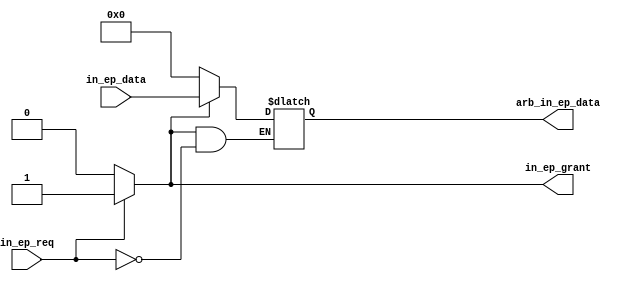
// This program was cloned from: https://github.com/tinyfpga/TinyFPGA-B-Series
// License: GNU General Public License v3.0

module usb_fs_in_arb #(
  parameter NUM_IN_EPS = 1
) (
  ////////////////////
  // endpoint interface 
  ////////////////////
  input [NUM_IN_EPS-1:0] in_ep_req,
  output reg [NUM_IN_EPS-1:0] in_ep_grant,
  input [(NUM_IN_EPS*8)-1:0] in_ep_data,


  ////////////////////
  // protocol engine interface 
  ////////////////////
  output reg [7:0] arb_in_ep_data
);
  integer i;
  reg grant;
 
  always @* begin
    grant = 0;

    for (i = 0; i < NUM_IN_EPS; i = i + 1) begin
      in_ep_grant[i] <= 0;

      if (in_ep_req[i] && !grant) begin
        in_ep_grant[i] <= 1;
        arb_in_ep_data <= in_ep_data[i * 8 +: 8];
        grant = 1;
      end
    end

    if (!grant) begin
      arb_in_ep_data <= 0;
    end
  end
endmodule